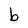
Character: b